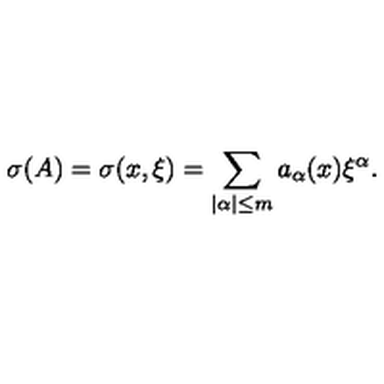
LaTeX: \sigma ( A ) = \sigma ( x , \xi ) = \sum _ { | \alpha | \leq m } a _ { \alpha } ( x ) { \xi } ^ { \alpha } .